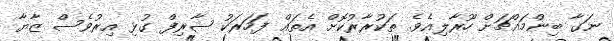
ނަގާ ބިންމައްޗަށް ހޫރާލިއެވެ. ތަކުރާރުކޮށް އެތައް ފަހަރަކު ޝާރިފް ގުޅި އިރުވެސް ޒާޔާ